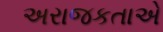
અરાજકતાએ